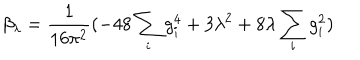
\beta _ { \lambda } = \frac { 1 } { 1 6 \pi ^ { 2 } } ( - 4 8 \sum _ { i } g _ { i } ^ { 4 } + 3 \lambda ^ { 2 } + 8 \lambda \sum _ { i } g _ { i } ^ { 2 } )